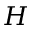
\boldsymbol { H }